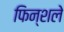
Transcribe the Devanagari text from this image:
फिन्शले